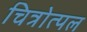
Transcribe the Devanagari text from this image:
चित्रोत्पल